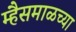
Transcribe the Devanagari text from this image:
म्हैसमाळच्या